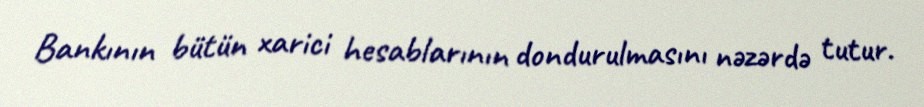
Bankının bütün xarici hesablarının dondurulmasını nəzərdə tutur.